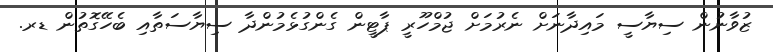
ޒުވާނުން ސިޔާސީ މައިދާނަށް ނެރުމަށް ޖުމްހޫރީ ޕާޓީން ގެންގުޅެމުންދާ ސިޔާސަތާއި ބެހޭގޮތުން ޑރ.